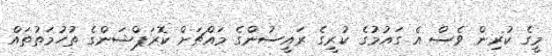
މީގެ ކުރިން ވެސް އެ ގައުމުގެ ކުރީގެ ރައީސުންގެ މައްޗަށް ކޮރަޕްޝަންގެ ތުހުމަތުތައް